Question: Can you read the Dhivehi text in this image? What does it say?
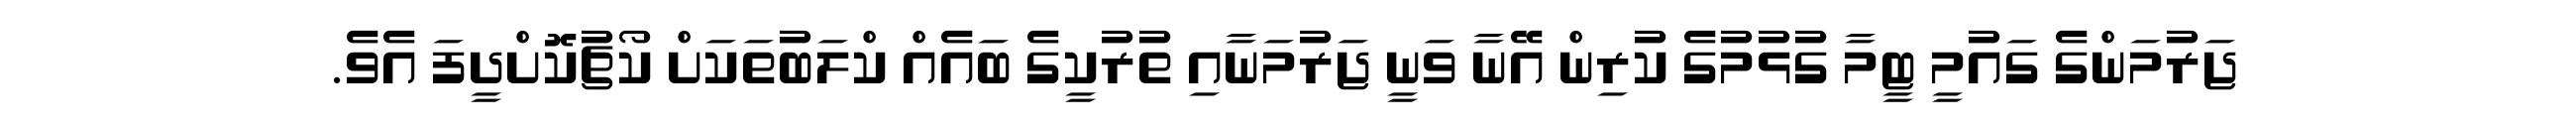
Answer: ޖަރުމަންގެ ގައުމީ ޓީމާ ގުޅުމުގެ ކުރިން އޭނާ ވަނީ ޖަރުމަނާއި ތުރުކީގެ ބައެއް ކްލަބުތަކަށް ކޯޗުކޮށްދީފަ އެވެ.